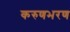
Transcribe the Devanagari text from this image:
करुणभरण